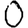
Digit: 0